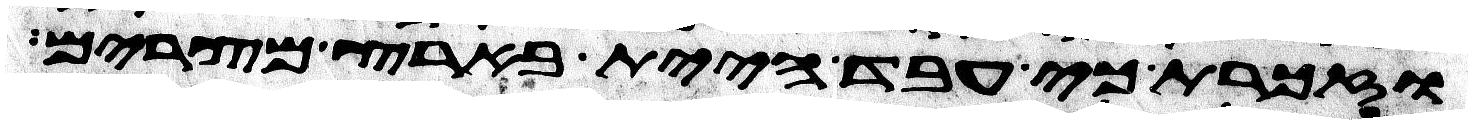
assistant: וזכרת כי עבד היית בארץ מצרים